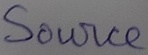
Text: Source